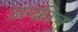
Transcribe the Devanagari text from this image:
अन्क्रीच